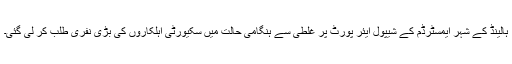
ہالینڈ کے شہر ایمسٹرڈم کے شیپول ایئر پورٹ پر غلطی سے ہنگامی حالت میں سکیورٹی اہلکاروں کی بڑی نفری طلب کر لی گئی۔